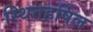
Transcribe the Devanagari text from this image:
स्थितहर्षिल